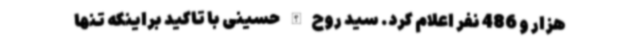
هزار و 486 نفر اعلام کرد. سید روح‌الله حسینی با تاکید براینکه تنها